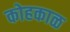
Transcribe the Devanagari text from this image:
कोहकाळ